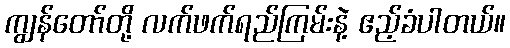
ကျွန်တော်တို့ လက်ဖက်ရည်ကြမ်းနဲ့ ဧည့်ခံပါတယ်။